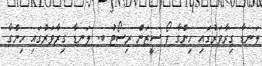
ލަނޑާ ގިރާވަރުގައި ހިންގާ ފޯ ސީޒަން ރިސޯޓު ބ. ލަނޑާ ގިރާވަރުގައި ހިންގާ